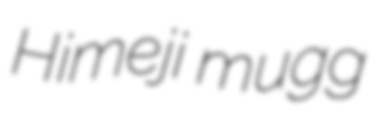
Himeji mugg